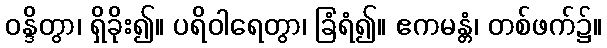
ဝန္ဒိတွာ၊ ရှိခိုး၍။ ပရိဝါရေတွာ၊ ခြံရံ၍။ ဧကမန္တံ၊ တစ်ဖက်၌။